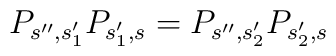
P_{s'',s'_1} P_{s'_1,s} = P_{s'',s'_2} P_{s'_2,s}